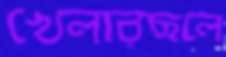
খেলারছলে